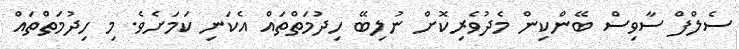
ސެލްފް ސާވިސް ބޭންކިން މެދުވެރިކޮށް ނުލިބޭ ހިދުމަތްތައް އެކަނި ކަމަށެވެ. މި ހިދުމަތްތައް